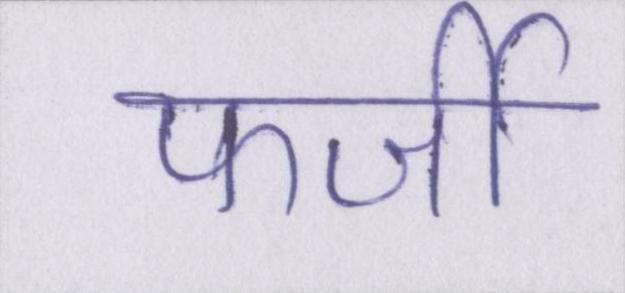
फर्जी